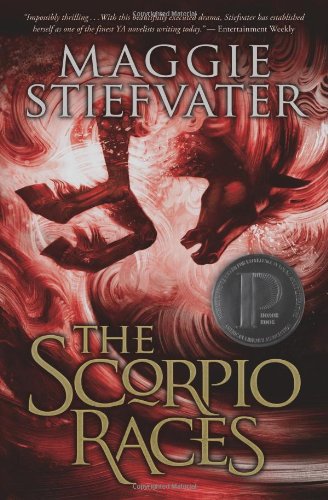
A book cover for The Scorpio Races; Maggie Stiefvater; Teen & Young Adult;